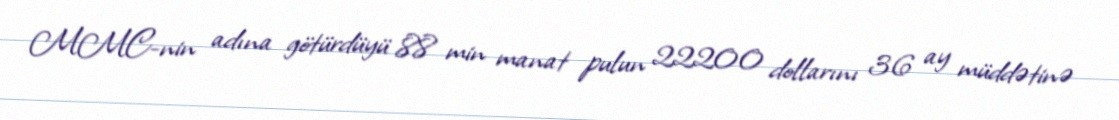
MMC-nin adına götürdüyü 88 min manat pulun 22200 dollarını 36 ay müddətinə